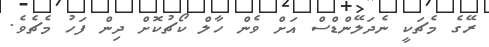
ރޭގެ މެޗަކީ ނެދަލޭންޑްސް އަށް ވެން ހާލް ކޯޗުކޮށް ދިން ފަހު މެޗެވެ.